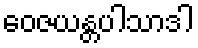
ဝေဇယန္တပါသာဒါ